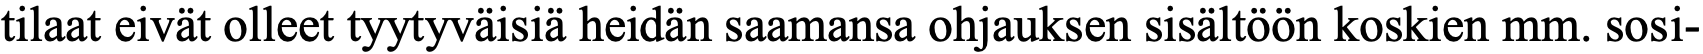
tilaat eivät olleet tyytyväisiä heidän saamansa ohjauksen sisältöön koskien mm. sosi-